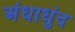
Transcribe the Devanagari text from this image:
अंधाधुंद